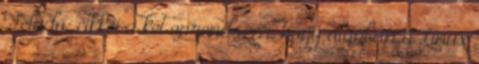
Feladó: cikkei a ket oprendszer, hogy alapban a Linux